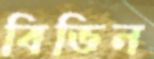
বিভিন